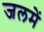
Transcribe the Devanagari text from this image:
जलमें